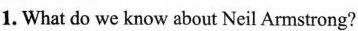
1. What do we know about Neil Armstrong?